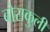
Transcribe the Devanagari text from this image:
बोराकुली